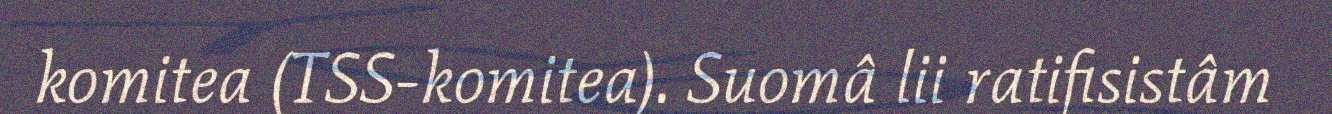
komitea (TSS-komitea). Suomâ lii ratifisistâm